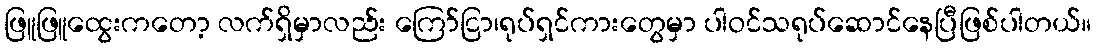
ဖြူဖြူထွေးကတော့ လက်ရှိမှာလည်း ကြော်ငြာ၊ရုပ်ရှင်ကားတွေမှာ ပါဝင်သရုပ်ဆောင်နေပြီဖြစ်ပါတယ်။